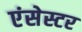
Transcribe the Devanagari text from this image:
एंसेस्टर